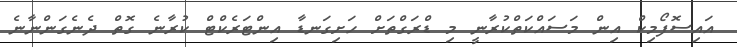
އައިސޮފޯމިކް އިން މަސައްކަތްކުރާނީ މި ޑްރަގްތަށް ހަށިގަނޑާ އިންޓަރެކްޓް ކުރާނެ ގޮތް ދެނެގަންނާނެ